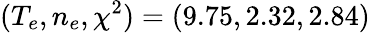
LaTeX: (T_{e},n_{e},\chi^{2})=(9.75,2.32,2.84)